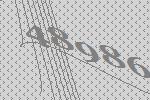
48986